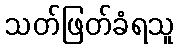
သတ်ဖြတ်ခံရသူ